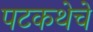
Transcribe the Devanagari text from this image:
पटकथेचे